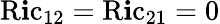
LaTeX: \operatorname{R\mathbf{i}c}_{12}=\operatorname{R\mathbf{i}c}_{21}=0